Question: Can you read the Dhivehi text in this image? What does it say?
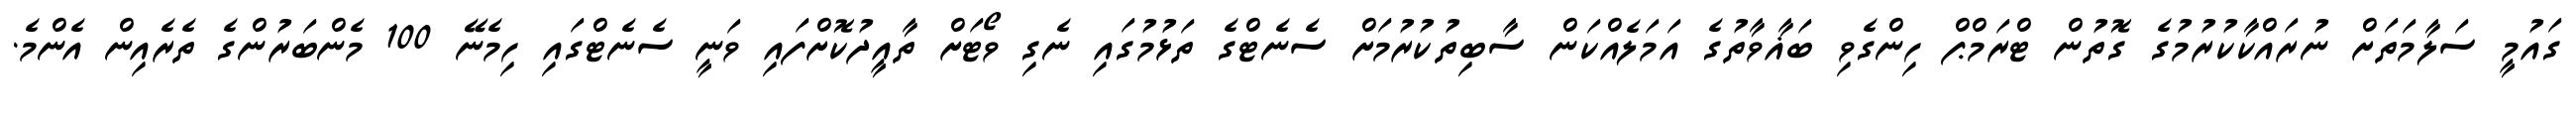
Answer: ގައުމީ ސަލާމަތަށް ނުރައްކާކުރުމުގެ ގޮތުން ޓްރަމްޕް ހިންގެވި ބަޣާވާތުގެ އަމަލެއްކަން ސާބިތުކުރުމަށް ސެނެޓްގެ ތަޅުމުގައި ނެގި ވޯޓަށް ތާއީދުކޮށްފައި ވަނީ ސެނެޓްގައި ހިމެނޭ 100 މެންބަރުންގެ ތެރެއިން އެންމެ.